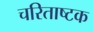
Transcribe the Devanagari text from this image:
चरिताष्टक